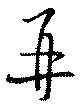
再